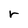
Character: r